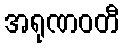
အရုဏဝတီ